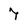
Character: 7